38_143685_box_Incident_Summaries_101-172
Agency: Department of War
Page 99
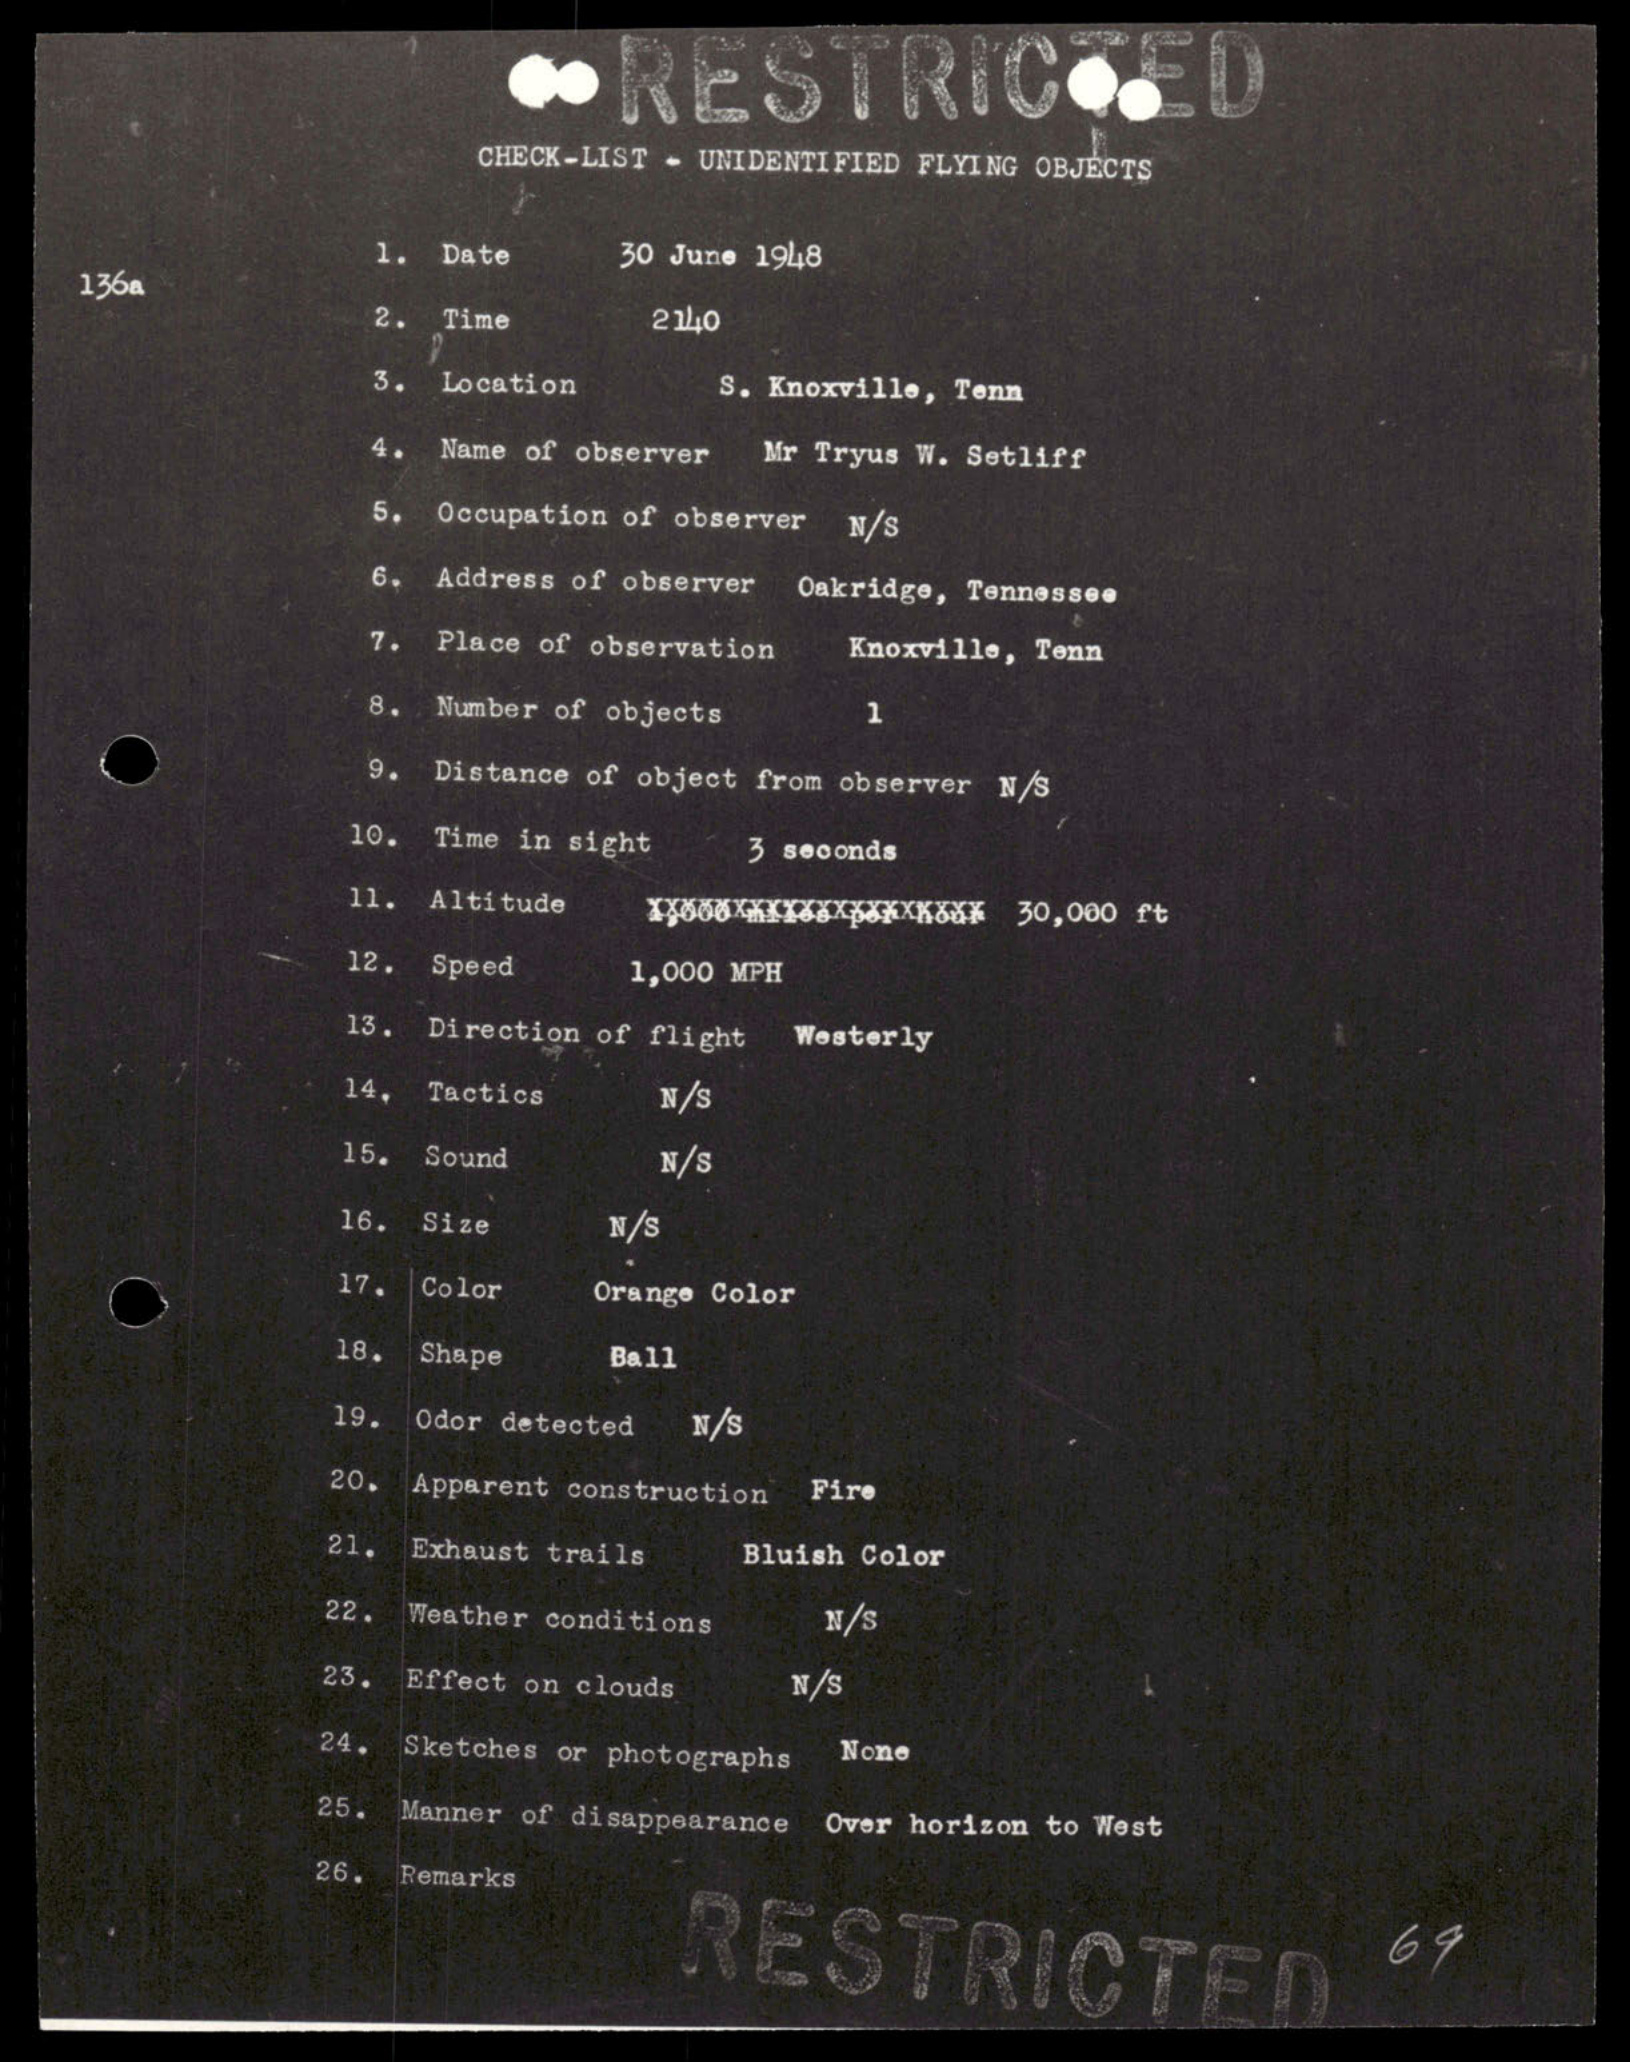